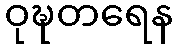
ဝုဍ္ဎတရေန